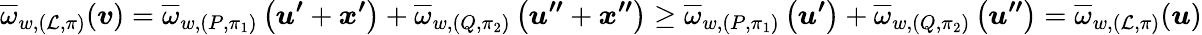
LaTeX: \overline{{\omega}}_{w,(\mathcal{L},\pi)}(\boldsymbol{v})=\overline{{\omega}}_{w,(P,\pi_{1})}\left(\boldsymbol{u^{\prime}}+\boldsymbol{x^{\prime}}\right)+\overline{{\omega}}_{w,(Q,\pi_{2})}\left(\boldsymbol{u^{\prime\prime}}+\boldsymbol{x^{\prime\prime}}\right)\geq\overline{{\omega}}_{w,(P,\pi_{1})}\left(\boldsymbol{u^{\prime}}\right)+\overline{{\omega}}_{w,(Q,\pi_{2})}\left(\boldsymbol{u^{\prime\prime}}\right)=\overline{{\omega}}_{w,(\mathcal{L},\pi)}(\boldsymbol{u})